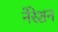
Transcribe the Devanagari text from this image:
नेरेशन